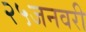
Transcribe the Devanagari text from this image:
२५जनवरी